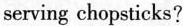
serving chopsticks?